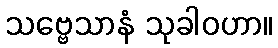
သဗ္ဗေသာနံ သုခါဝဟာ။